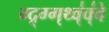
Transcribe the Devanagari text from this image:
ग्द्र्ग्ग्थ्व्॑व्॑वे